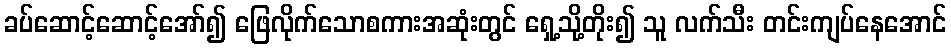
ခပ်ဆောင့်ဆောင့်အော်၍ ဖြေလိုက်သောစကားအဆုံးတွင် ရှေ့သို့တိုး၍ သူ လက်သီး တင်းကျပ်နေအောင်